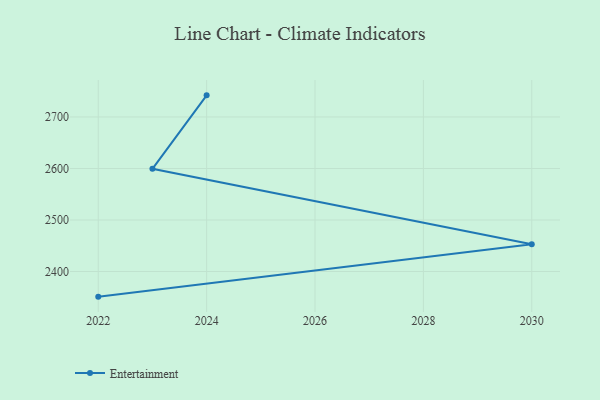
{"axis": {"x": "Year", "y": "Population (Million)"}, "legend": ["Entertainment"], "data": [{"x": "2022", "y": 2351.2, "type": "Entertainment"}, {"x": "2030", "y": 2453.1, "type": "Entertainment"}, {"x": "2023", "y": 2599.3, "type": "Entertainment"}, {"x": "2024", "y": 2742.0, "type": "Entertainment"}]}